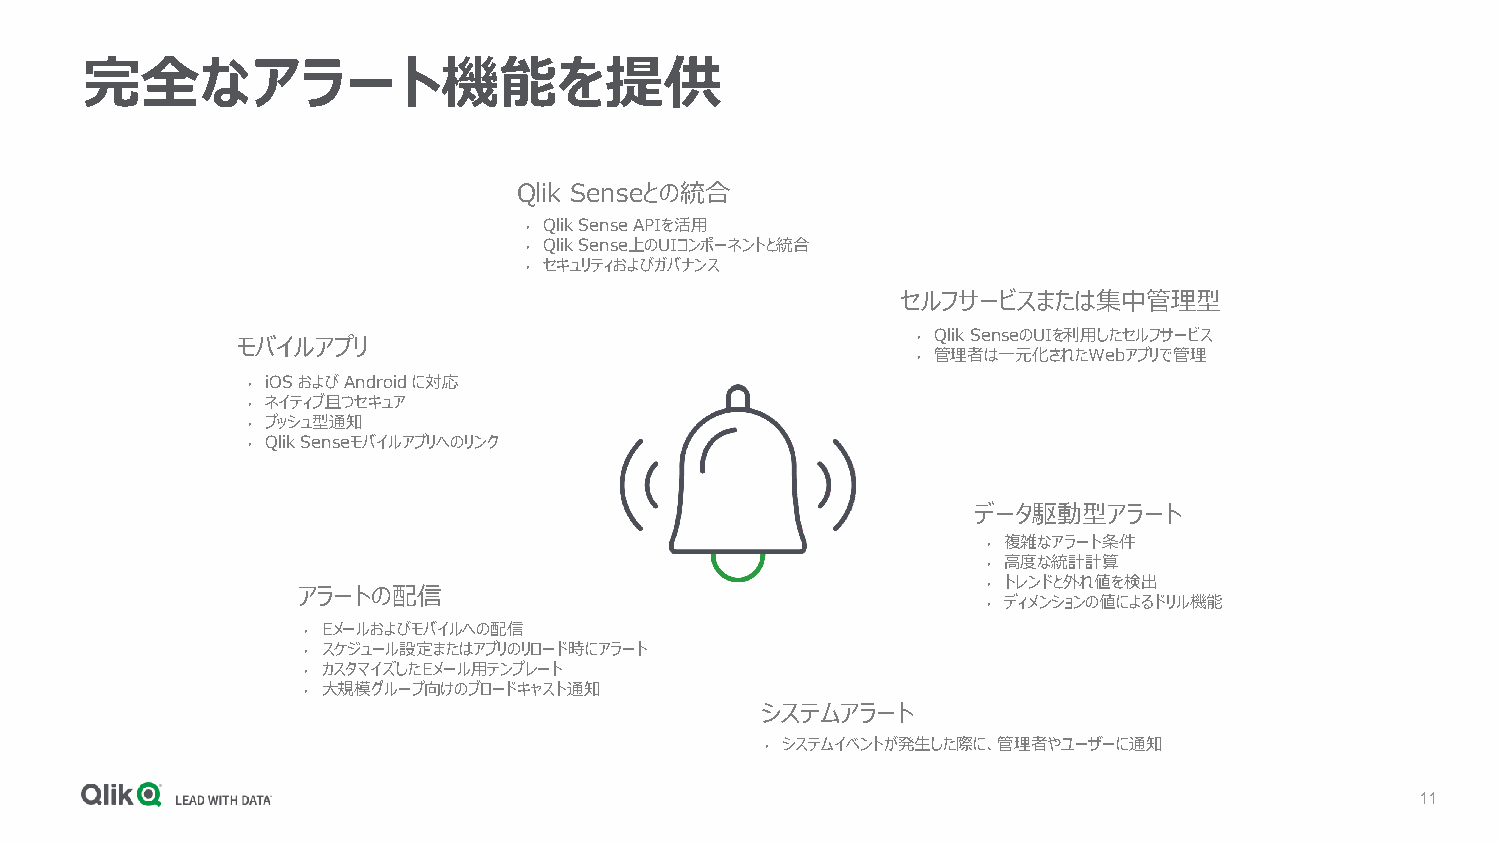
完全なアラート機能を提供
 Qlik Senseとの統合
 Qlik Sense APIを活用
 •
 Qlik Sense上のUIコンポーネントと統合
 •
 セキュリティおよびガバナンス
 •
 セルフサービスまたは集中管理型
 Qlik SenseのUIを利用したセルフサービス
 モバイルアプリ                                      •
 管理者は一元化されたWebアプリで管理
 •
 iOS およびAndroidに対応
 •
 ネイティブ且つセキュア
 •
 プッシュ型通知
 •
 Qlik Senseモバイルアプリへのリンク
 •
 データ駆動型アラート
 複雑なアラート条件
 •
 高度な統計計算
 •
 トレンドと外れ値を検出
 アラートの配信                                      •
 ディメンションの値によるドリル機能
 •
 Eメールおよびモバイルへの配信
 •
 スケジュール設定またはアプリのリロード時にアラート
 •
 カスタマイズしたEメール用テンプレート
 •
 大規模グループ向けのブロードキャスト通知
 •
 システムアラート
 システムイベントが発生した際に、管理者やユーザーに通知
 •
 11